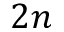
2 n